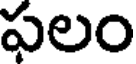
ఫలం